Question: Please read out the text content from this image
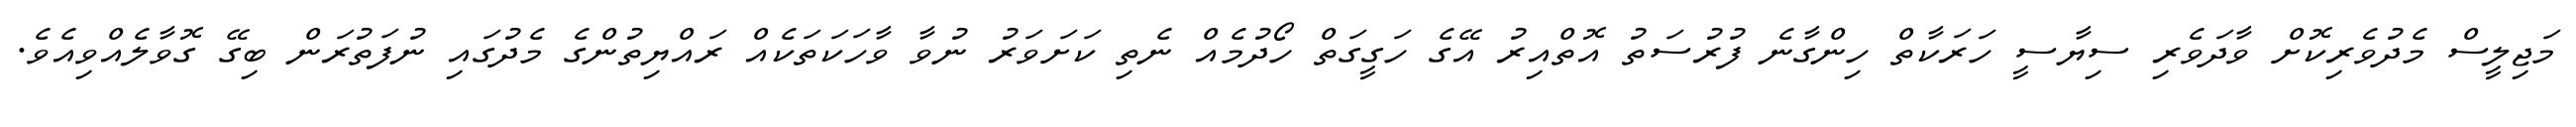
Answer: މަޖިލީސް މެދުވެރިކޮށް ވާދަވެރި ސިޔާސީ ހަރަކާތް ހިންގާނެ ފުރުސަތު އޮތްއިރު އޭގެ ހަގީގަތް ހޯދުމެއް ނެތި ކަށަވަރު ނުވާ ވާހަކަތަކެއް ރައްޔިތުންގެ މެދުގައި ނުފަތުރަން ބިގޭ ގޮވާލެއްވިއެވެ.